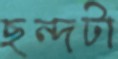
ছন্দটা